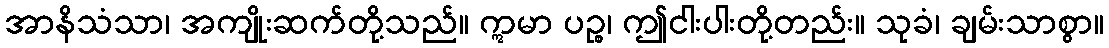
အာနိသံသာ၊ အကျိုးဆက်တို့သည်။ ဣမာ ပဉ္စ၊ ဤငါးပါးတို့တည်း။ သုခံ၊ ချမ်းသာစွာ။